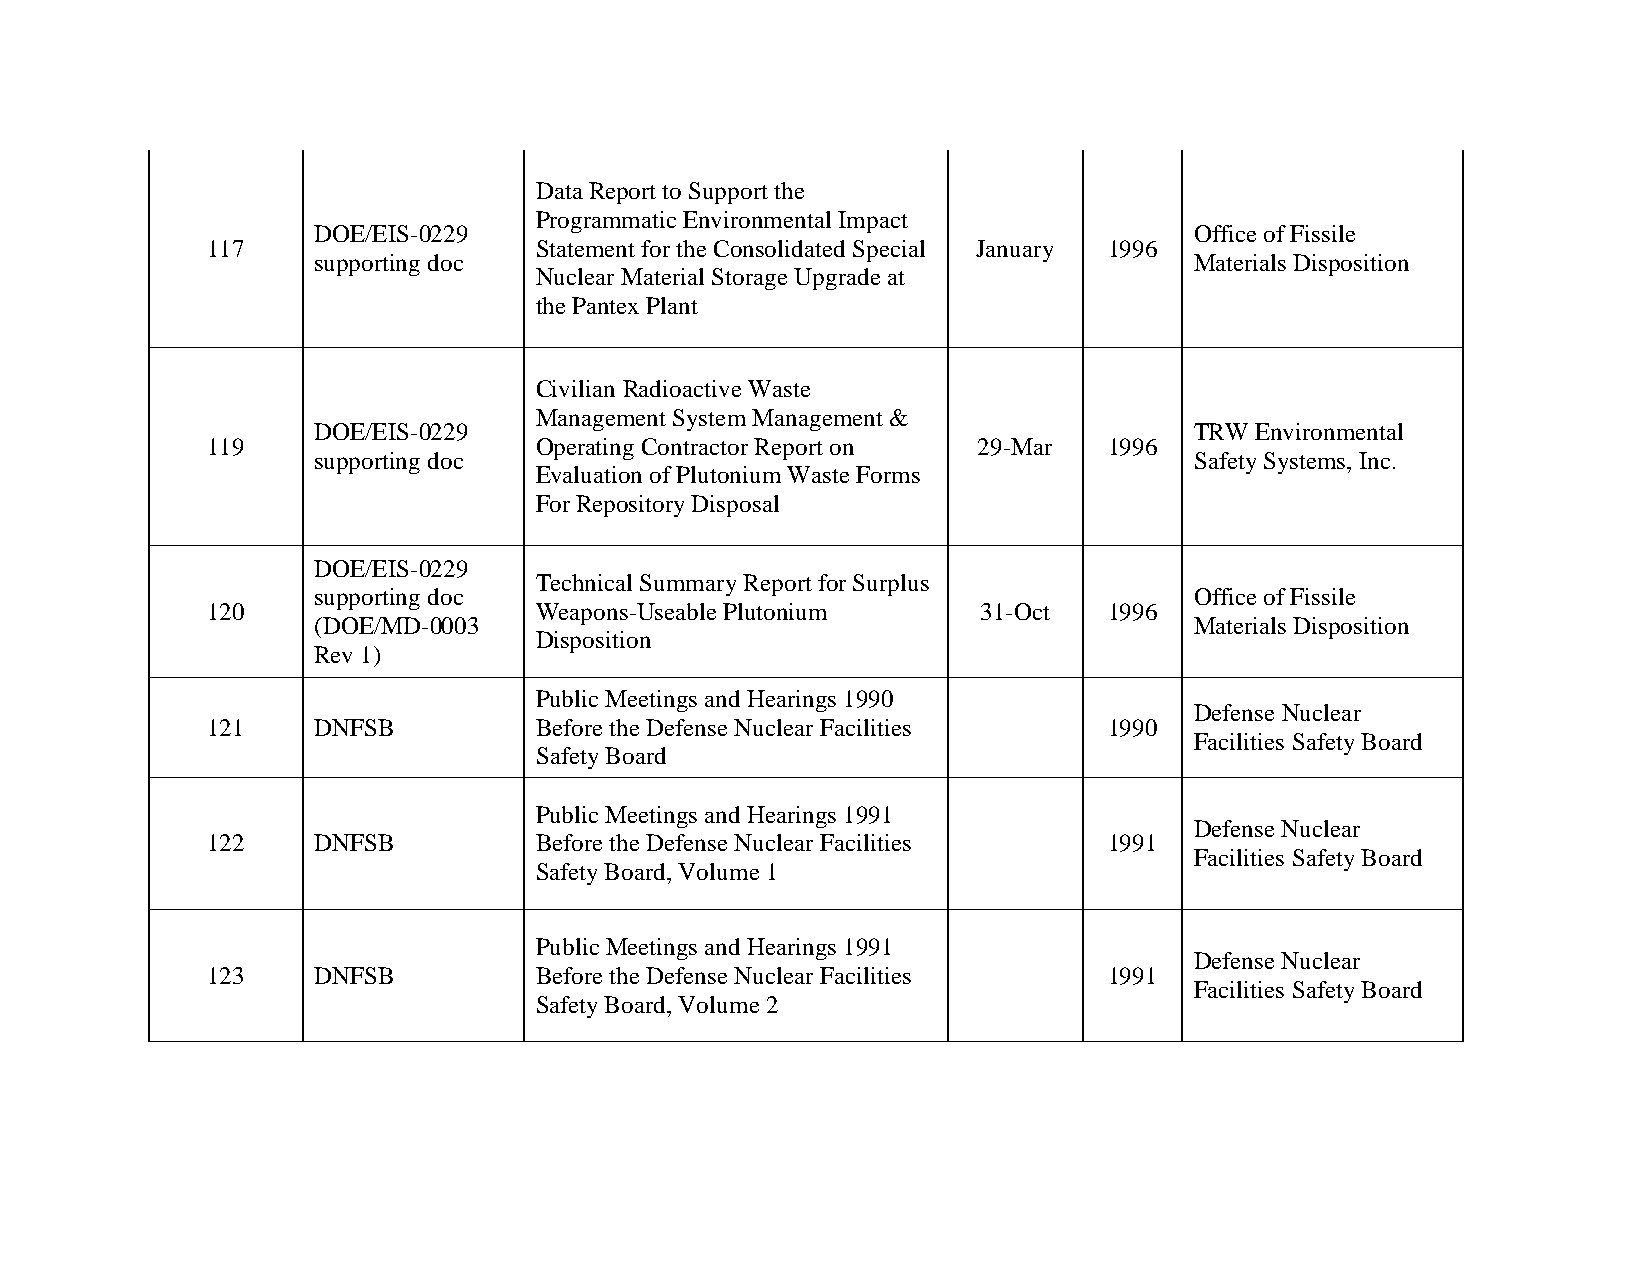
Data Report to Support the
 Programmatic Environmental Impact
 DOE/EIS-0229                                              Office of Fissile
 117                  Statement for the Consolidated Special January 1996
 supporting doc                                            Materials Disposition
 Nuclear Material Storage Upgrade at
 the Pantex Plant
 Civilian Radioactive Waste
 Management System Management &
 DOE/EIS-0229                                              TRW Environmental
 119                  Operating Contractor Report on 29-Mar 1996
 supporting doc                                            Safety Systems, Inc.
 Evaluation of Plutonium Waste Forms
 For Repository Disposal
 DOE/EIS-0229
 Technical Summary Report for Surplus
 supporting doc                                            Office of Fissile
 120                  Weapons-Useable Plutonium     31-Oct  1996
 (DOE/MD-0003                                              Materials Disposition
 Disposition
 Rev 1)
 Public Meetings and Hearings 1990
 Defense Nuclear
 121    DNFSB         Before the Defense Nuclear Facilities 1990
 Facilities Safety Board
 Safety Board
 Public Meetings and Hearings 1991
 Defense Nuclear
 122    DNFSB         Before the Defense Nuclear Facilities 1991
 Facilities Safety Board
 Safety Board, Volume 1
 Public Meetings and Hearings 1991
 Defense Nuclear
 123    DNFSB         Before the Defense Nuclear Facilities 1991
 Facilities Safety Board
 Safety Board, Volume 2